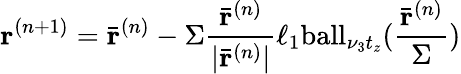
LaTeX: \mathbf{r}^{(n+1)}=\bar{\mathbf{r}}^{(n)}-\Sigma\frac{\bar{\mathbf{r}}^{(n)}}{|\bar{\mathbf{r}}^{(n)}|}\ell_{1}\mathrm{ball}_{\nu_{3}{t}_{z}}(\frac{\bar{\mathbf{r}}^{(n)}}{\Sigma})